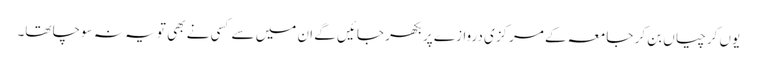
یوں کرچیاں بن کر جامعہ کے مرکزی دروازے پر بکھر جائیں گے ان میں سے کسی نے بھی تو یہ نہ سوچا تھا۔